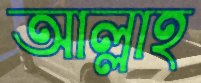
আল্লাহ